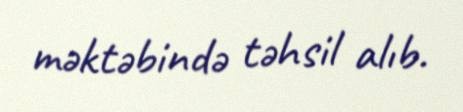
məktəbində təhsil alıb.